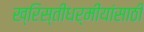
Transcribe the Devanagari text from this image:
ख्रिस्तीधर्मीयांसाठी